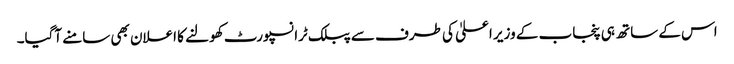
اس کے ساتھ ہی پنجاب کے وزیر اعلیٰ کی طرف سے پبلک ٹرانسپورٹ کھولنے کا اعلان بھی سامنے آگیا۔